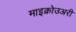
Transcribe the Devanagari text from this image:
माइक्रोउअरी